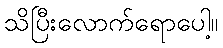
သိပြီးလောက်ရောပေါ့။